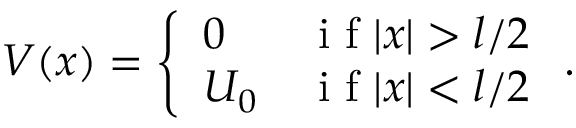
V ( x ) = \left\{ \begin{array} { l r } { 0 } & { \mathrm { ~ i ~ f ~ } | x | > l / 2 } \\ { U _ { 0 } } & { \mathrm { ~ i ~ f ~ } | x | < l / 2 } \end{array} \right. .